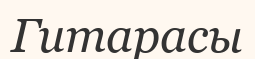
Гитарасы